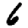
Digit: 6